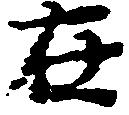
在